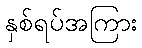
နှစ်ရပ်အကြား